system: You are a helpful assistant.
user:
Analyze the provided spectrum to determine if it is a **S-type Star**.

- **Key Indicators for S-type Star:**

    - **(Overall Spectrum Shape):** The first and most obvious characteristic is the overall continuum (the "baseline" shape). It is **extremely "red-sloping,"** meaning the flux (light intensity) is very low on the left side (blue, ~4000-4500 Å) and rises steeply and continuously toward the right side (red, ~7000 Å+).

    - **(Primary):** The spectrum is defined by the presence of strong, broad molecular absorption "valleys" (bands) from **Zirconium Oxide (ZrO)**. The identification of these bands is the **primary requirement** for classifying a star as S-type.
        - **(Key Bandheads):** You must find distinct, deep "dips" where the light has been absorbed. The most critical band systems to locate are:
            - **~6474 Å** ($\gamma$-system): This is often the strongest and clearest ZrO feature, found in the red part of the spectrum.
            - **~5718 Å** & **~5551 Å** ($\beta$-system): A pair of prominent absorption features in the yellow-orange part of the spectrum.
            - **~4640 Å** ($\alpha$-system): A key absorption band system in the blue-green region of the spectrum.

    - **(Secondary Confirmation):** The classification is strengthened by finding additional absorption bands from other related heavy element oxides, which are expected to be present alongside ZrO.
        - **(Key Bandheads):**
            - **Yttrium Oxide (YO):** Look for absorption dips near **~4800 Å** and **~6100 Å**.
            - **Lanthanum Oxide (LaO):** Additional absorption features, particularly in the red-orange part of the spectrum, are also characteristic.

    - **(Line Profile):** The combination of the steep red continuum and these numerous, deep molecular bands (ZrO, YO, etc.) gives the entire spectrum a very **"chopped-up"** or **"bumpy"** appearance. Instead of a smooth curve, the spectrum looks as though large, wide chunks of light have been "carved out" of it at the specific wavelengths listed above.

Think first, call **spectral_visualization_tool** if needed to examine features in detail, then provide your final answer. Your response must adhere to the following strict rules:
1.  **Overall Structure:** Your response must follow the format `<think>...</think> <tool_call>...</tool_call> (if a tool is used) <answer>...</answer>`.
2.  **Tool Usage Constraint:** You may only make **one** tool call per turn.
3.  **Final Answer Format:** In the `<answer>` tag, your conclusion must be inside a `\boxed{}` command (e.g., `\boxed{YES}` or `\boxed{NO}`), followed by your justification.

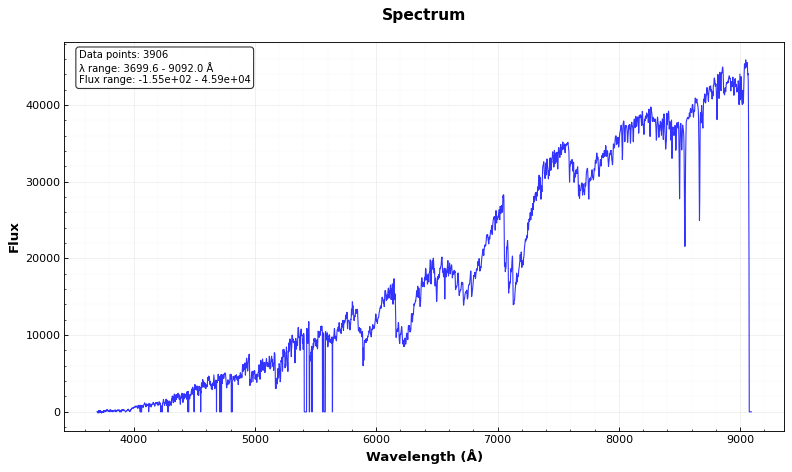
Answer: YES